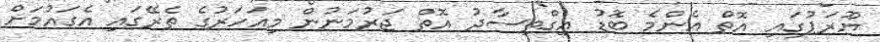
ޔޫރަޕުގައި އޮތް އެންމެ ބޮޑު އިގްތިސާދު އޮތް ޖަރުމަނުން މިއަހަރުގެ ތެރޭގައި އެގައުމަށް